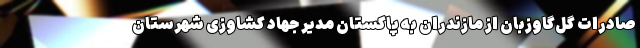
صادرات گل‌گاوزبان از مازندران به پاکستان مدیر جهاد کشاوزی شهرستان